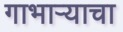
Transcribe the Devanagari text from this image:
गाभाऱ्याचा